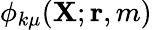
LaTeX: \phi_{k\mu}({\mathbf{X}};{\mathbf{r}},m)